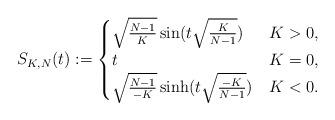
LaTeX: \begin{align*} S_{K,N}(t):=\begin{cases} \sqrt{\frac{N-1}{K}}\sin(t\sqrt{\frac{K}{N-1}})&K>0,\\ t&K=0,\\ \sqrt{\frac{N-1}{-K}}\sinh(t\sqrt{\frac{-K}{N-1}})&K<0. \end{cases} \end{align*}